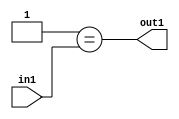
`timescale 1ps / 1ps
/*****************************************************************************
    Verilog RTL Description
    
    
    Created by: Stratus DpOpt 2019.1.01 
*******************************************************************************/

module DC_Filter_Eqi1u2_1 (
	in1,
	out1
	); /* architecture "behavioural" */ 
input [1:0] in1;
output  out1;
wire  asc001;

assign asc001 = (7'B0000001==in1);

assign out1 = asc001;
endmodule

/* CADENCE  urX2Qwo= : u9/ySgnWtBlWxVPRXgAZ4Og= ** DO NOT EDIT THIS LINE ******/